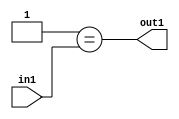
`timescale 1ps / 1ps
/*****************************************************************************
    Verilog RTL Description
    
    
    Created by: Stratus DpOpt 2019.1.01 
*******************************************************************************/

module DC_Filter_Eqi1u2_1 (
	in1,
	out1
	); /* architecture "behavioural" */ 
input [1:0] in1;
output  out1;
wire  asc001;

assign asc001 = (7'B0000001==in1);

assign out1 = asc001;
endmodule

/* CADENCE  urX2Qwo= : u9/ySgnWtBlWxVPRXgAZ4Og= ** DO NOT EDIT THIS LINE ******/